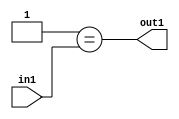
`timescale 1ps / 1ps
/*****************************************************************************
    Verilog RTL Description
    
    
    Created by: Stratus DpOpt 2019.1.01 
*******************************************************************************/

module DC_Filter_Eqi1u2_1 (
	in1,
	out1
	); /* architecture "behavioural" */ 
input [1:0] in1;
output  out1;
wire  asc001;

assign asc001 = (7'B0000001==in1);

assign out1 = asc001;
endmodule

/* CADENCE  urX2Qwo= : u9/ySgnWtBlWxVPRXgAZ4Og= ** DO NOT EDIT THIS LINE ******/